Lunatic asylums Punjab 1895-1910 - 1895-1910
Year: 1895
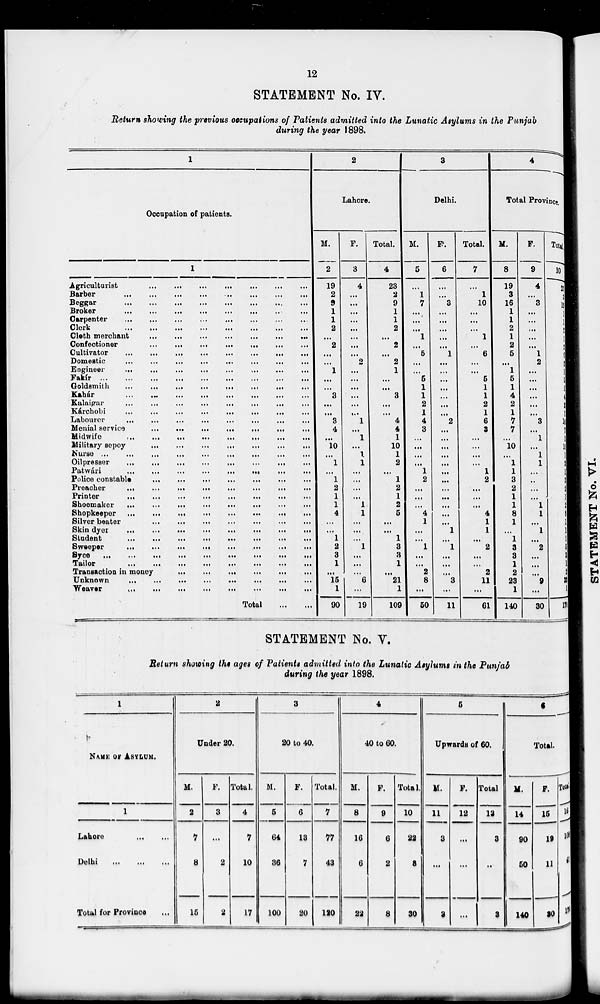
12
STATEMENT No. IV.
Return showing the previous occupations of Patients admitted into the Lunatic Asylums in the Punjab
during the year 1898.
1
Occupation of patients.
1
Agriculturist
...
...
...
...
...
...
Barber
...
...
...
...
...
...
Beggar
...
...
...
...
...
...
Broker
...
...
...
...
...
...
Carpenter
...
...
...
...
...
...
Clerk
...
...
...
...
...
...
Cloth merchant
...
...
...
...
...
...
Confectioner ... ... ... ... ... ...
Cultivator
...
...
...
...
...
...
Domestic
...
...
...
...
...
...
Engineer ... ... ... ... ... ...
Fakir
...
...
...
...
...
...
Goldsmith
...
...
...
...
...
...
Kahár
...
...
...
...
...
...
Kalaigar
...
...
...
...
...
...
Kárchobi
...
...
...
...
...
...
Labourer
...
...
...
...
...
...
Menial service
...
...
...
...
...
...
Midwife
...
...
...
...
...
...
Military sepoy
...
...
...
...
...
...
Nurse
...
...
...
...
...
...
Oilpresser
...
...
...
...
...
...
Patwári
...
...
...
...
...
...
Police constable
...
...
...
...
...
...
Preacher
...
...
...
...
...
...
Printer
...
...
...
...
...
...
Shoemaker
...
...
...
...
...
...
Shopkeeper
...
...
...
...
...
...
Silver beater
...
...
...
...
...
...
Skin dyer
...
...
...
...
...
...
Student
...
...
...
...
...
...
Sweeper
...
...
...
...
...
...
Syce ... ... ... ... ... ...
Tailor
...
...
...
...
...
...
Transaction in money
...
...
...
...
...
...
Unknown
...
...
...
...
...
...
Weaver
...
...
...
...
...
...
Total
...
...
2
Lahore.
M.
2
19
2
9
1
1
2
...
2
...
...
1
...
...
3
...
...
3
4
...
10
...
1
...
1
2
1
1
4
...
...
1
2
3
1
...
15
1
90
F.
3
4
...
...
...
...
...
...
...
...
2
...
...
...
...
...
...
1
...
1
...
1
1
...
...
...
...
1
1
...
...
...
1
...
...
...
6
...
19
Total.
4
23
2
9
1
1
2
...
2
...
2
1
...
...
3
...
...
4
4
1
10
1
2
...
1
2
1
2
5
...
...
1
3
3
1
...
21
1
109
3
Delhi.
M.
5
...
1
7
...
...
...
1
...
5
...
...
5
1
1
2
1
4
3
...
...
...
...
1
2
...
...
...
4
1
...
...
1
...
...
2
8
...
50
F.
6
...
...
3
...
...
...
...
...
1
...
...
...
...
...
...
...
2
...
...
...
...
...
...
...
...
...
...
...
...
1
...
1
...
...
...
3
...
11
Total.
7
...
1
10
...
...
...
1
...
6
...
...
5
1
1
2
1
6
3
...
...
...
...
1
2
...
...
...
4
1
1
...
2
...
...
2
11
...
61
4
Total Province.
M.
8
19
3
16
1
1
2
1
2
5
...
1
5
1
4
2
1
7
7
...
10
...
1
1
3
2
1
1
8
1
...
1
3
3
1
2
23
1
140
F.
9
4
...
3
...
...
...
...
...
1
2
...
...
...
...
...
...
3
...
1
...
1
1
...
...
...
...
1
1
...
1
...
2
...
...
...
9
...
30
Total.
10
23
3
19
1
1
2
1
2
6
2
1
5
1
4
2
1
10
7
1
10
1
2
1
3
2
1
2
9
1
1
1
5
3
1
2
33
1
170
STATEMENT No. V.
Return showing the ages of Patients admitted into the Lunatic Asylums in the Punjab
during the year 1898.
1
NAME OF ASYLUM.
1
Lahore
...
...
...
Delhi
...
...
...
Total for Province ...
2
Under 20.
M.
2
7
8
15
F.
3
...
2
2
Total.
4
7
10
17
3
20 to 40.
M.
5
64
36
100
F.
6
13
7
20
Total.
7
77
43
120
4
40 to 60.
M.
8
16
6
22
F.
9
6
2
8
Total.
10
22
8
30
5
Upwards of 60.
M.
11
3
...
3
F.
12
...
...
...
Total
13
3
...
3
6
Total.
M.
14
90
50
140
F.
15
19
11
30
Total
16
109
61
170